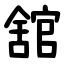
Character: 舘